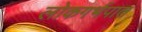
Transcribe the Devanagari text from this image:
लोकगर्भपात